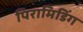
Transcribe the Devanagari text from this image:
पिरामिडिंग